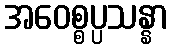
အဝေစ္စပ္ပသန္နာ